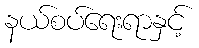
နယ်စပ်ရေးရာနှင့်